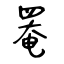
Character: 罨